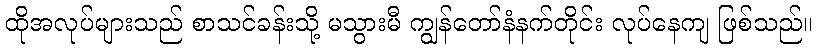
ထိုအလုပ်များသည် စာသင်ခန်းသို့ မသွားမီ ကျွန်တော်နံနက်တိုင်း လုပ်နေကျ ဖြစ်သည်။